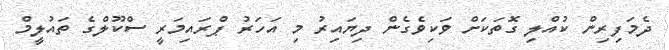
ދެމަފިރިން ކުއްލި ގޮތަކަށް ވަކިވެގެން ދިޔައިރު މި އަހަރު ޕްރައިމަރީ ސްކޫލްގެ ތައުލީމް